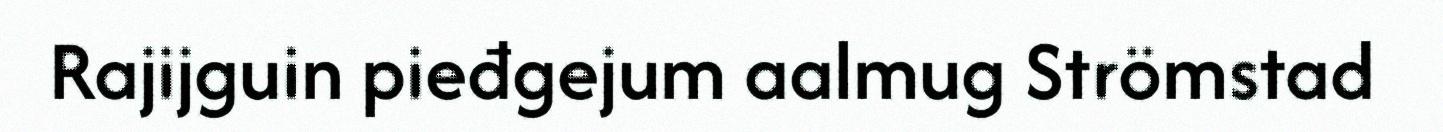
Rajijguin pieđgejum aalmug Strömstad